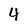
Character: 4